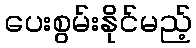
ပေးစွမ်းနိုင်မည့်